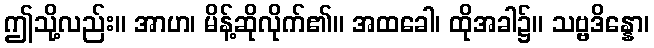
ဤသို့လည်း။ အာဟ၊ မိန့်ဆိုလိုက်၏။ အထခေါ၊ ထိုအခါ၌။ သဗ္ဗဒိန္နော၊